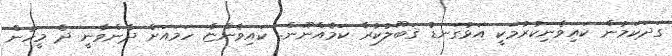
ގަދަކަމުން ކައިވެނިކުރުމަކީ އަޅުގަނޑު ޤަބޫލުކުރާ ކަމެއްނޫން. ކައިވެންޏާ ހަމައަށް ދާންވާނީ ދެ މީހުން